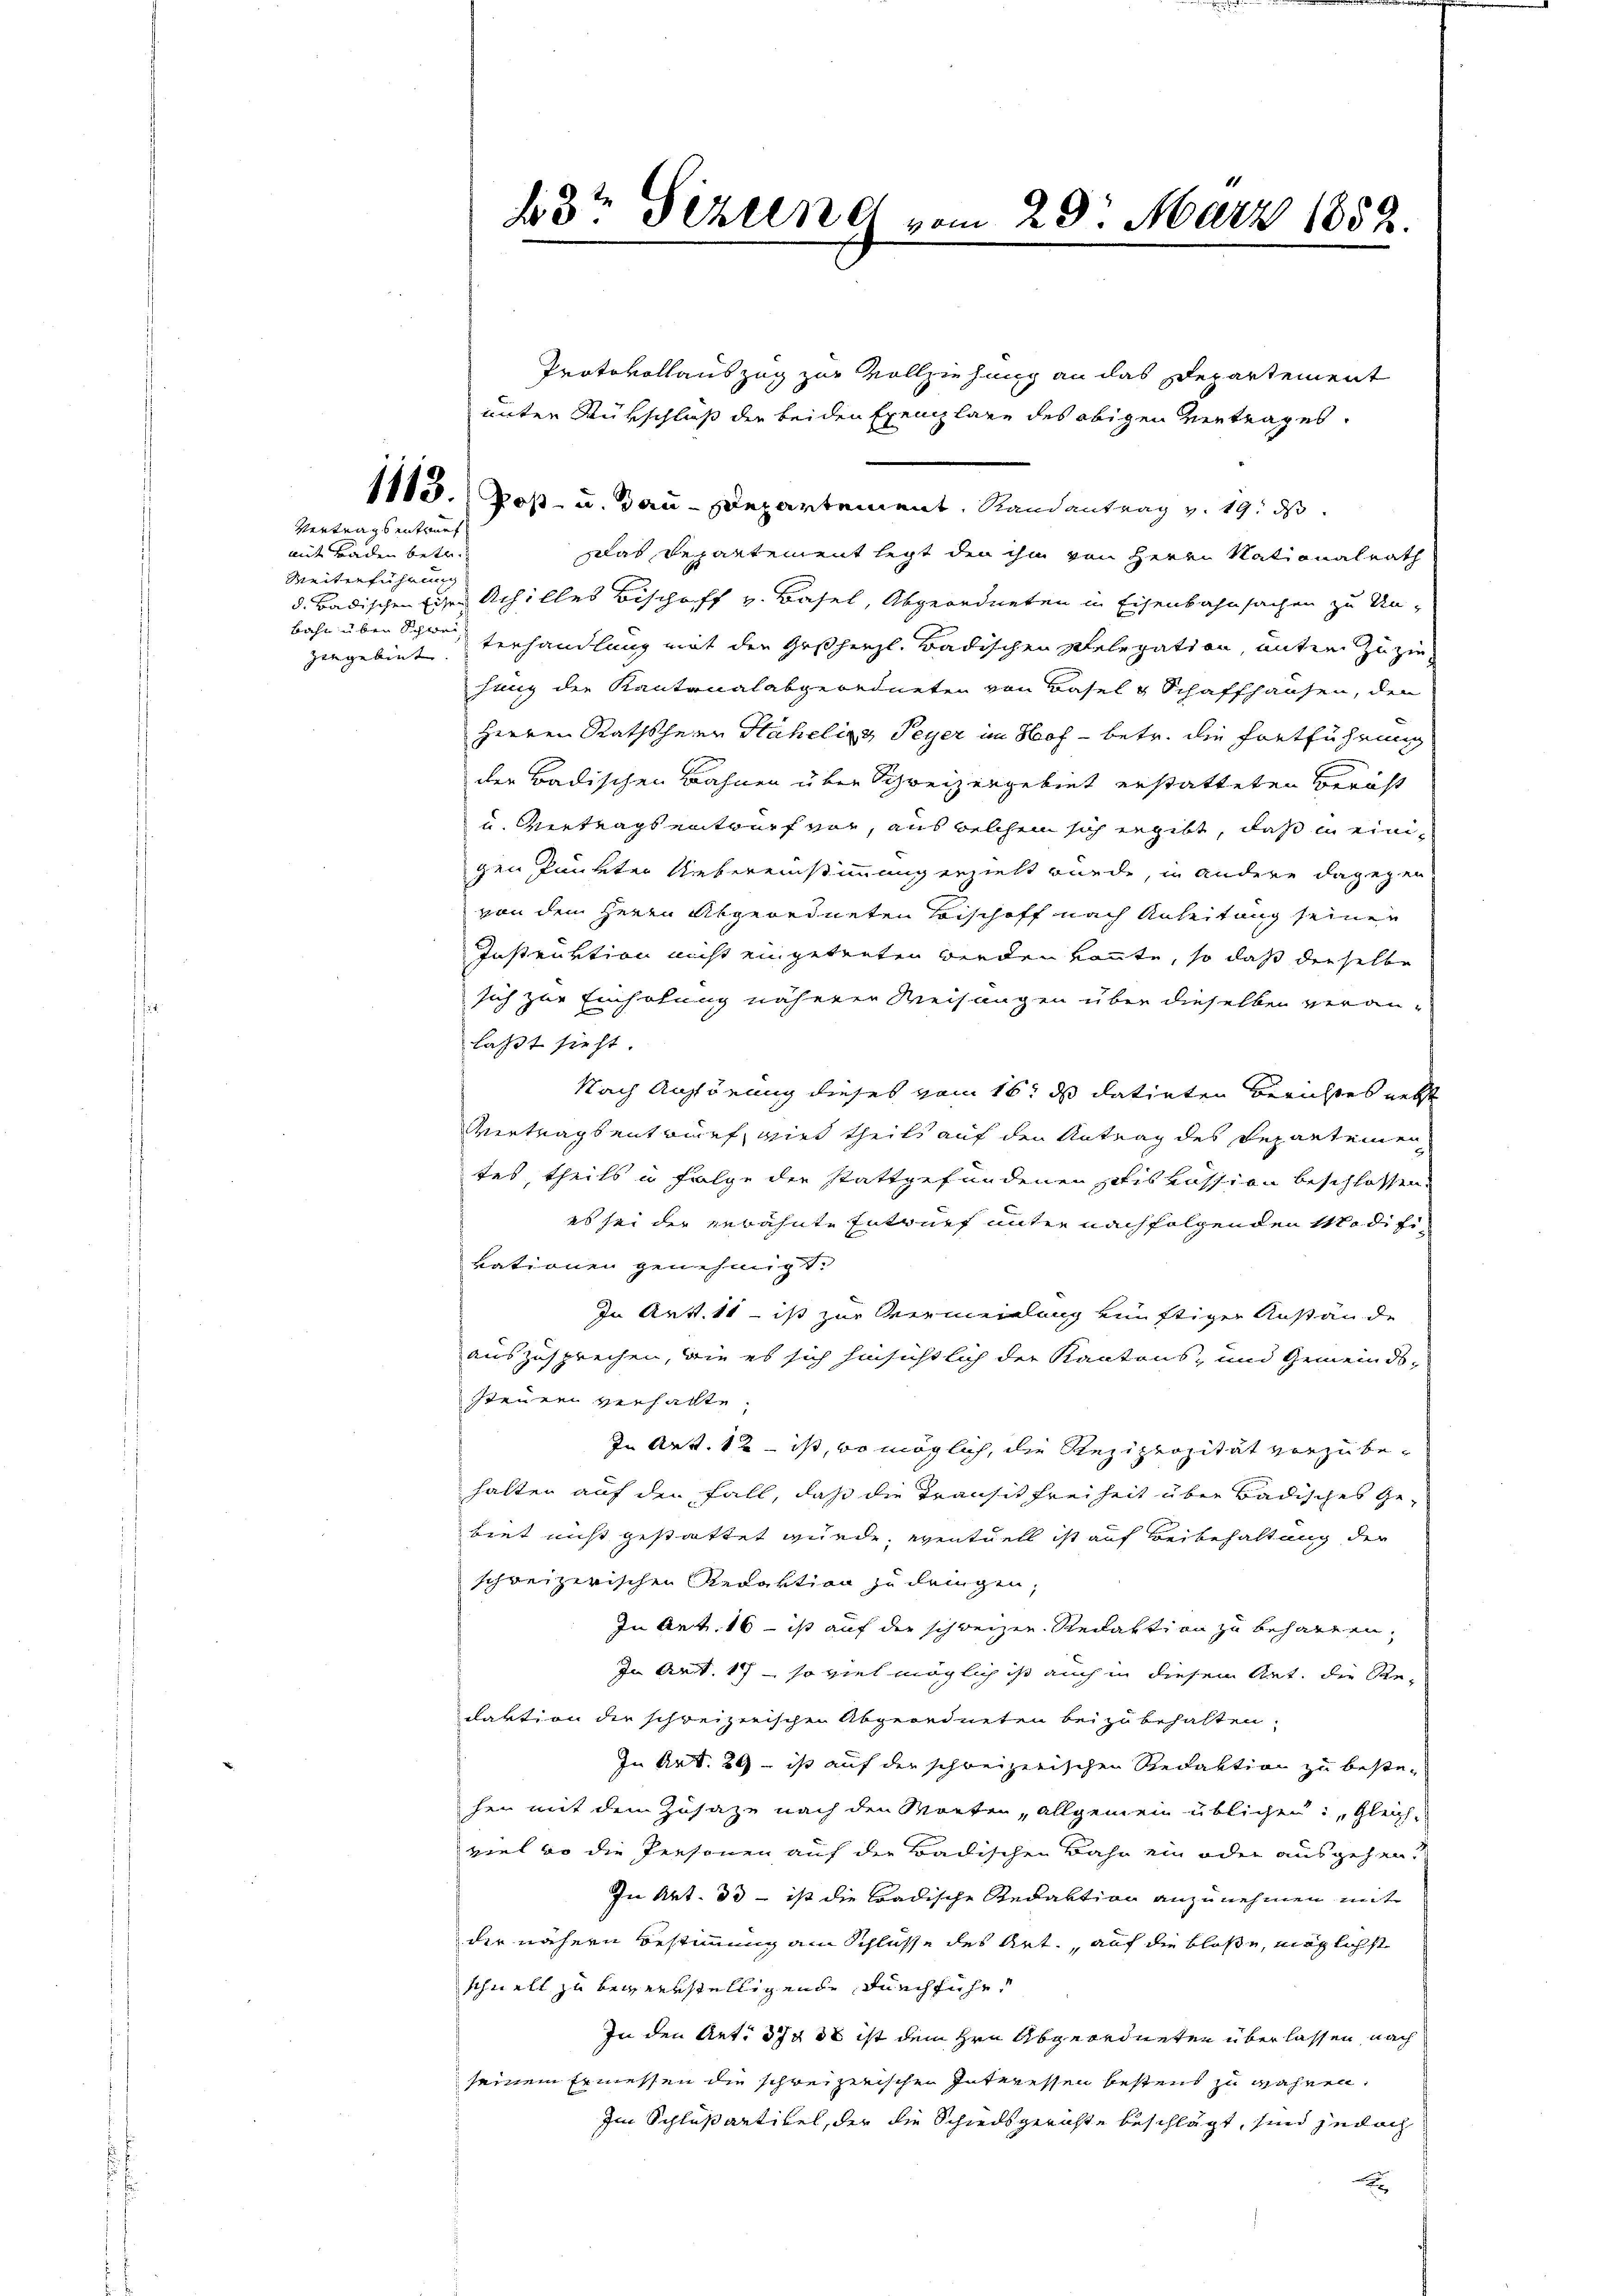
Vertrags entruct
mit Baden betr.
Weiterführung
bahn über Schwei
zengebiet |

43te Sizung vom 23. März 1852.

Protokollauszug zur Vollziehung an das Departement
unter Rükschluß der beiden Exemplare des obigen Vertrages.
1115. Post- u. Bau-Departement, Randantrag v. 19. ds.
Das Departement legt den ihm von Herrn Nationalrath
d. Badischen Eisen Achilles Bischoff v. Basel, Abgeordneten in Eisenbahnsachen zu Unterhandlung mit den Geschiehl, Badischen Stelegatten, unter zu ziesung der Kantonalabgeordneten von Basel & Schaffhausen, den
Herren Rathsherr Häheling Peyer im Hof - betr. die Fortführung
der Badischen Bahnen über Schweizergebiet erstatteten Gericht
u. Vertragsentwurf vor, aus welchen sich ergibt, daß in einigen Punkten Uebereinstimmung erzielt wurde, in andere dagegen
von dem Herrn Abgeordneten Bischoff nach Anleitung seinen
Instruktion nicht eingetreten werden könnte, so daß dieselbe
sich zur Einholung näherer Weisungen über dieselben veranlaßt sieht.
Nach Anhörung dieses vom 16. ds datirten Berichtes nebst
Vertragsentwurf, wird theils auf den Antrag des Departeinen
tes, theils in Folge der stattgefundenen Fiskussion beschlossen.
es sei der verähnte Entwurf unter nachfolgenden Modifivationen genehmigt.
In Art. 11 - ist zur Vermeidlung künftiger Anstande
auszusprechen, wie es sich hinsichtlich der Kantons- und Gemeinds-
steuren verhalte.
In Art. 12 - ist, wo möglich, die Reziprozität vorzubehalten auf den Fall, daß die Transit Freiheit über Badisches Gebiet nicht gestattet wurde, eventuell ist auf Beibehaltung der
schreizerischen Redaktion zu dringen,
In Art. 16 - ist auf der schweizer Redaktion zu beharten,
In Art. 17 - so viel möglich ist auch in diesem Art. die Redaktion die schreizerischen Abgeordneten bei zu behalten,
In Art. 29 ist auf der schweizerischen Redaktion zu besteher mit dem Zusage nach den Marten „allgemein üblichen: „Gleiche
viel wo die Personen auf der Badischen Bahn ein oder ausgehen.
In Art. 33 - ist die Ladische Redaktion anzunehmen mit
der nähern Bestimmung am Schlüsse des Art. auf die bloße, möglichst
schnell zu bemerkstelligende durchführ
In den Art. 374 ob ist dem Hrn. Abgeordneten überlassen, nach
seinem Ermessen die schreizerischen Interessen bestent zu wahnen.
Im Schlußantikel, der die Schiedsgerichte beschlägt, sind jedoch
x